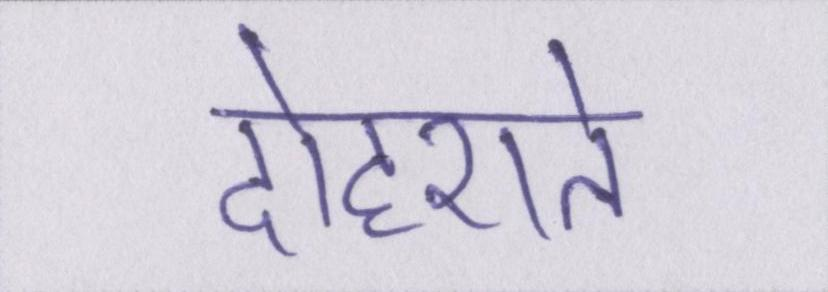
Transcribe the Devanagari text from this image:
दोहराते